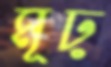
মূঢ়